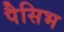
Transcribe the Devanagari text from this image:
पैसिभ